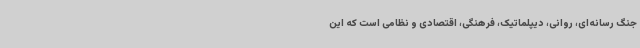
جنگ رسانه‌ای، روانی، دیپلماتیک، فرهنگی، اقتصادی و نظامی است که این